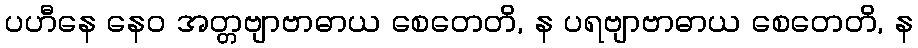
ပဟီနေ နေဝ အတ္တဗျာဗာဓာယ စေတေတိ, န ပရဗျာဗာဓာယ စေတေတိ, န